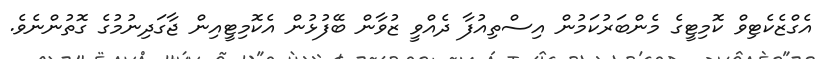
އެގްޒެކެޓިވް ކޮމިޓީގެ މެންބަރުކަމުން އިސްތިއުފާ ދެއްވީ ޒުވާން ބޭފުޅުން އެކޮމިޓީއިން ޖާގަދިނުމުގެ ގޮތުންނެވެ.